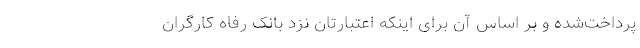
پرداخت‌شده و بر اساس آن برای اینکه اعتبارتان نزد بانک رفاه کارگران